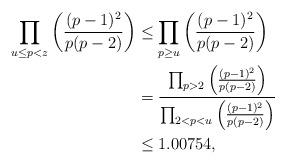
LaTeX: \begin{align*} \prod_{u\le p<z}\left(\frac{(p-1)^2}{p(p-2)}\right)&\leq \prod_{p\geq u}\left(\frac{(p-1)^2}{p(p-2)}\right)\\ &=\frac{\prod_{p>2}\left(\frac{(p-1)^2}{p(p-2)}\right)}{\prod_{2<p<u}\left(\frac{(p-1)^2}{p(p-2)}\right)}\\ &\le 1.00754, \end{align*}